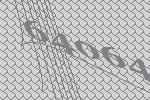
64064